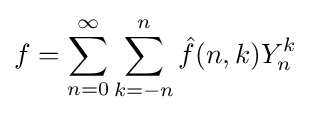
f=\sum _{n=0}^{\infty }\sum _{k=-n}^{n}{\hat {f}}(n,k)Y_{n}^{k}